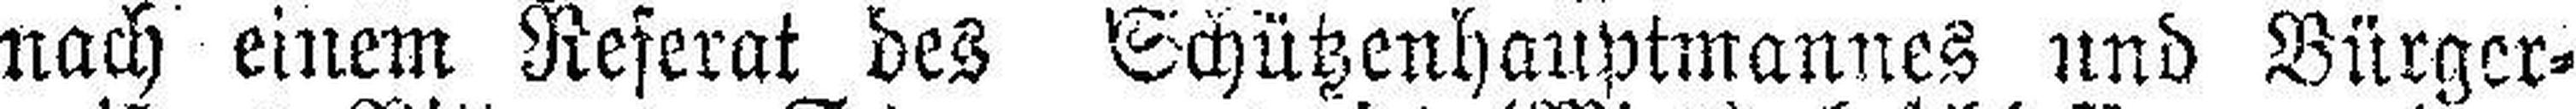
nach einem Referat des Schützenhauptmannes und Bürger¬